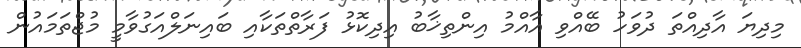
މިދިޔަ އާދިއްތަ ދުވަހު ބޭއްވި އާއްމު އިންތިޚާބު އިދިކޮޅު ފަރާތްތަކާއި ބައިނަލްއަގުވާމީ މުޖްތަމައުން